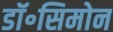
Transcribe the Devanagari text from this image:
डॉ॰सिमोन